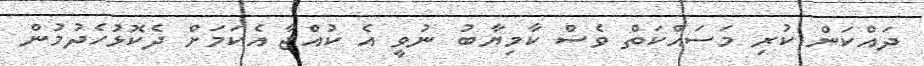
ދައްކަން ކުރި މަސައްކަތް ވެސް ކާމިޔާބު ނުވީ އެ ކުއްޖާ އެކަމަށް ދެކޮޅުހެދުމުން